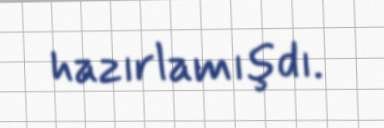
hazırlamışdı.